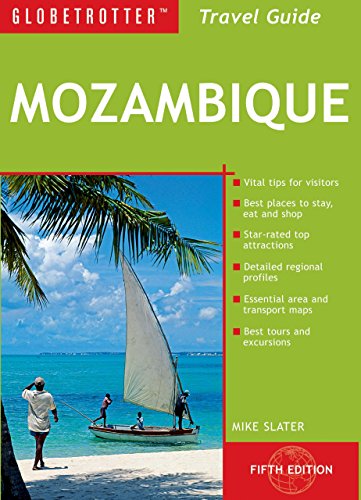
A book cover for Mozambique Travel Pack, 5th (Globetrotter Travel Packs); Mike Slater; Travel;